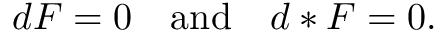
d F = 0 \quad { \mathrm { a n d } } \quad d * F = 0 .